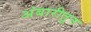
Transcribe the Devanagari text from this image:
अंबारीतून